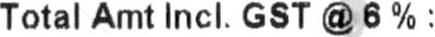
TOTAL AMT INCL. GST @ 6% :